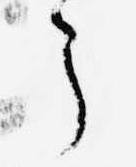
了